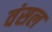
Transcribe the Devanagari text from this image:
वंसल